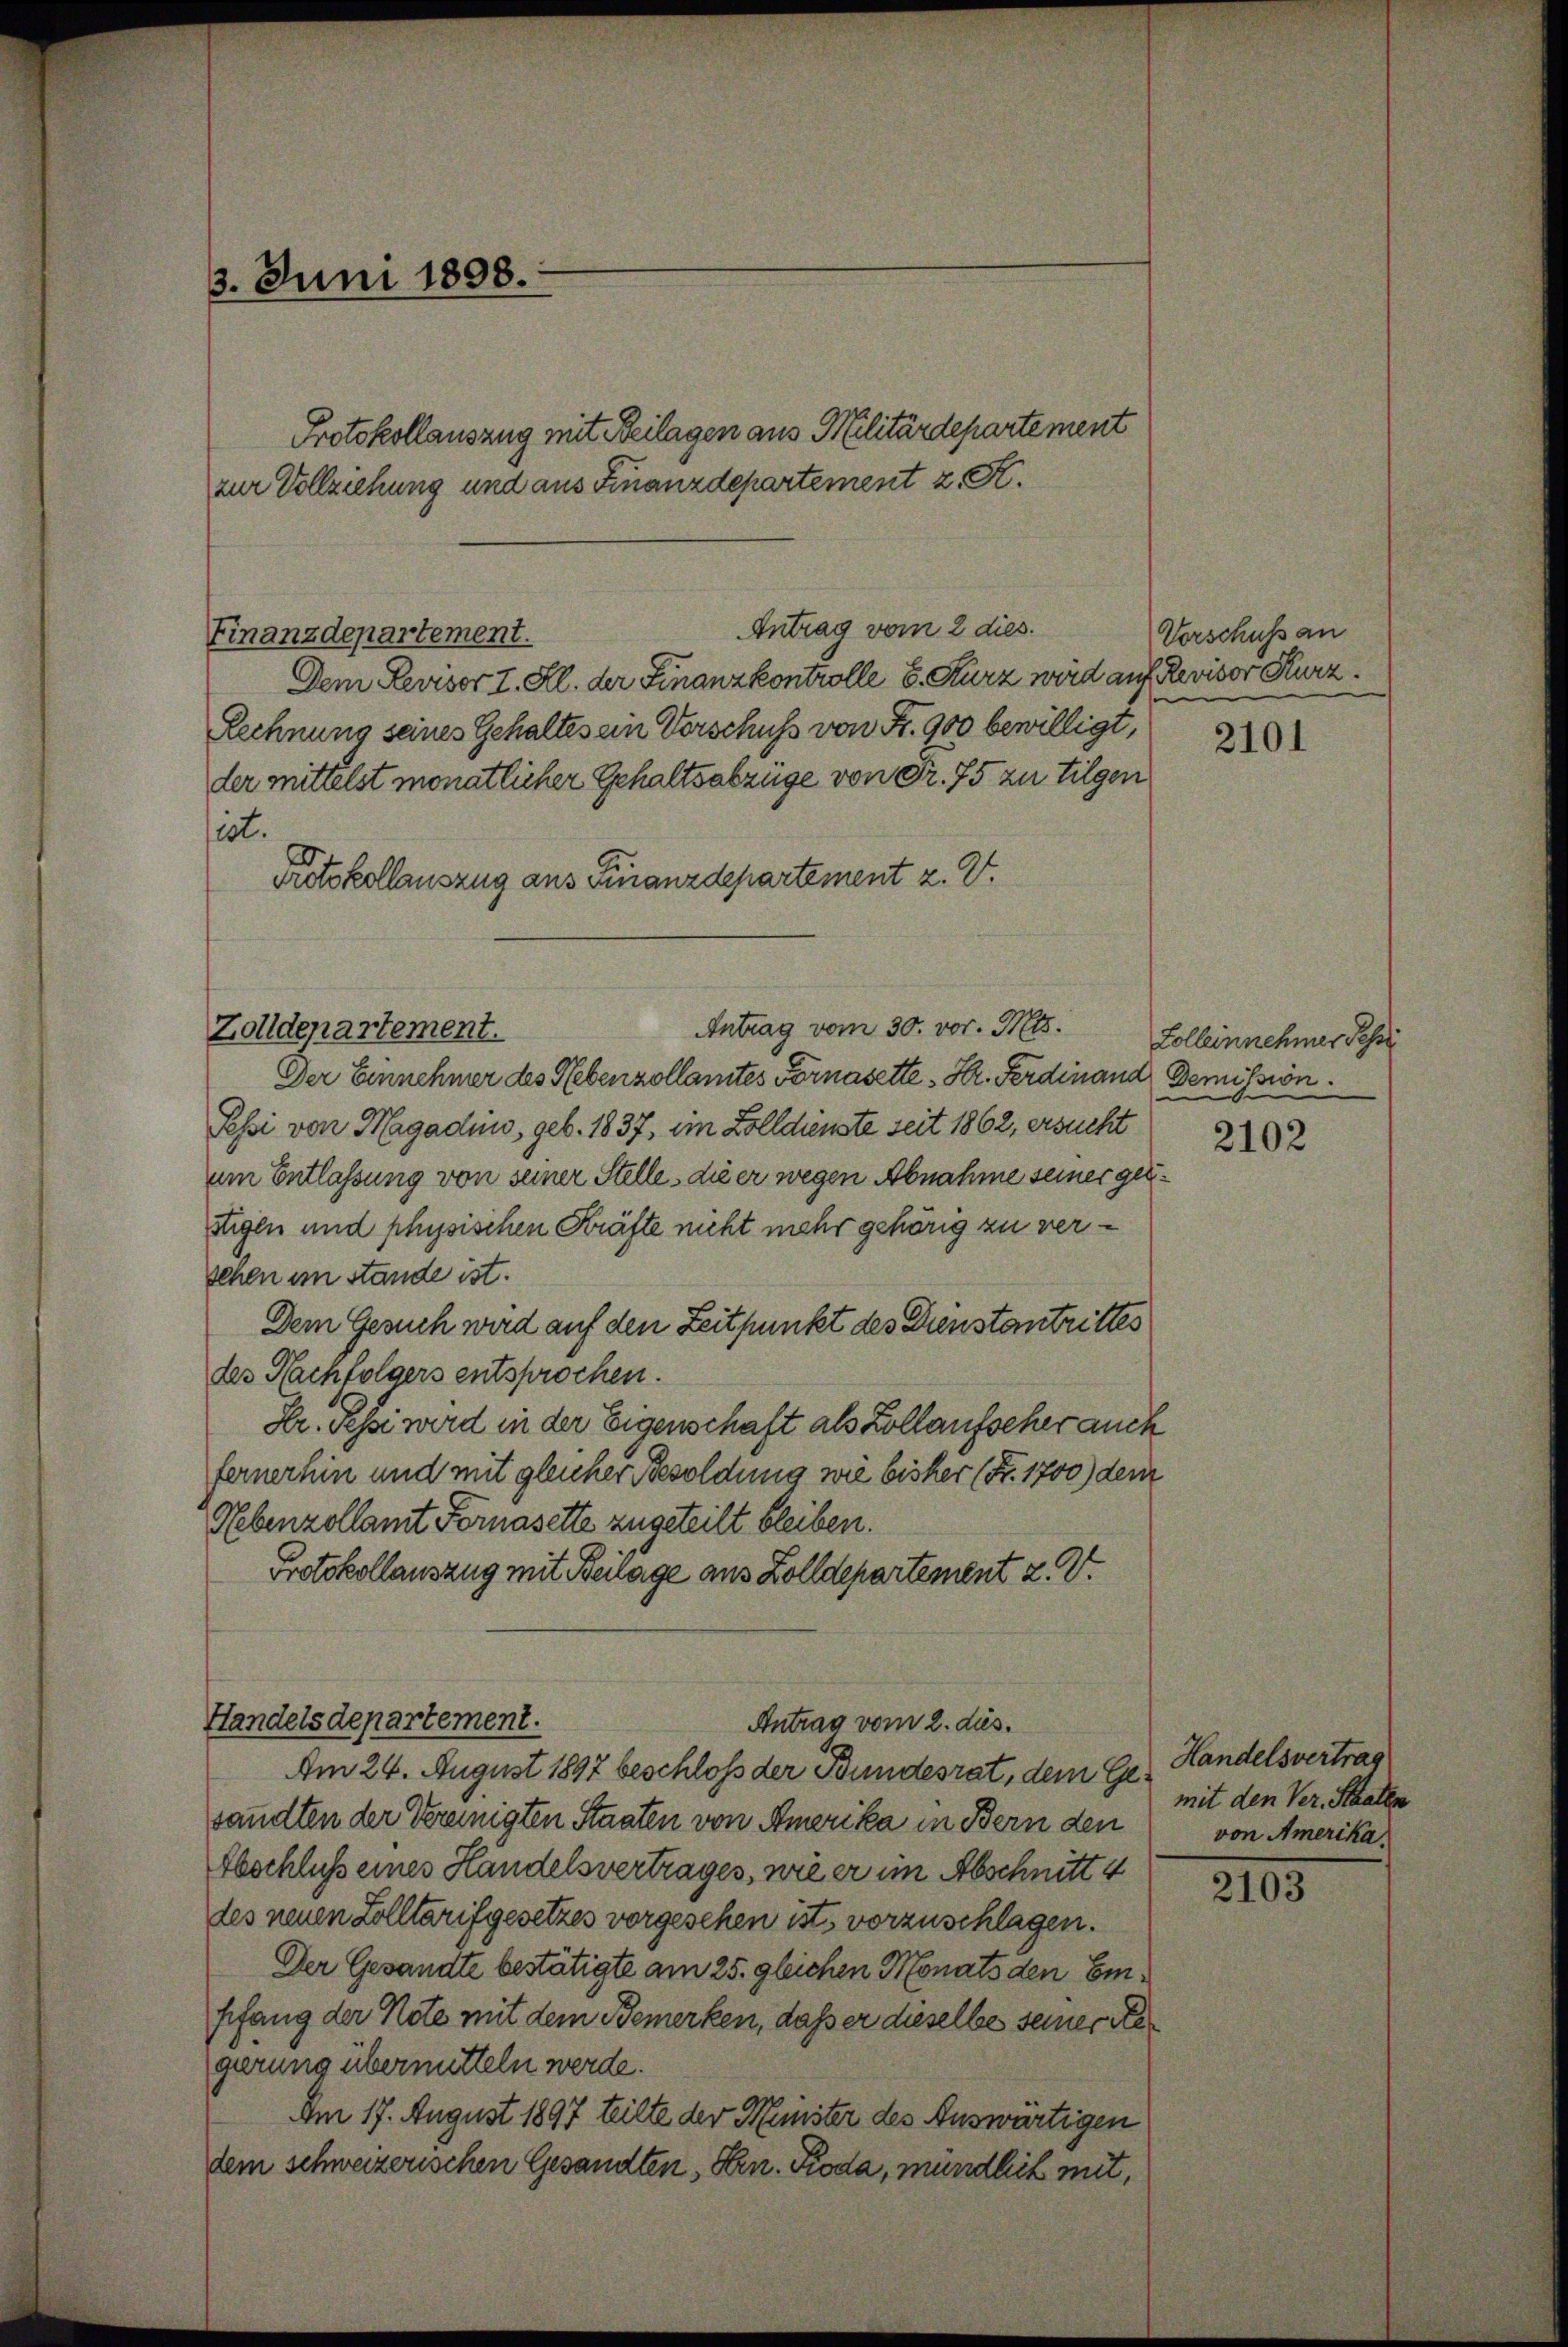
3. Juni 1898.

Finanzdepartement.

Protokollauszug mit Beilagen aus Militärdepartement
zur Vollziehung und aus Finanzdepartement z. K.
Antrag vom 2 dies
Dem Revisor I. Kl. der Finanzkontrolle E. Kurz wird auf Revisor Kurz.
Rechnung seines Gehaltes ein Verschuss von Fr. 900 bewilligt,
der mittelst monatlicher Gehaltsabzüge von Fr. 75 zu tilgen
sest.
Protokollauszug aus Finanzdepartement z. Z.
Antrag vom 30. vor. Mts.
Der Einnehmer des Nebenzollamtes Fornasette Hr. Ferdinand Demission.
Pessi von Magadins, geb. 1837, ein Zolldienste seit 1862, ersucht
am Entlassung von seiner Stelle, die er wegen Abnahme seiner geistigen und physischen Kräfte nicht mehr gehörig zu versehen im stände ist.
Dem Gesuch wird auf den Zeitpunkt des Dienstantrittes
des Nachfolgers entsprochen.
Hr. Pessi wird in der Eigenschaft als Kollaufscher auch
fernerhin und mit gleicher Besoldung wie bisher (S. 1700) dem
Rebenzollamt Fornasette zugeteilt bleiben.
Protokollauszug mit Beilage aus Zolldepartement z. V.

Zolldenartement.

Handelsdepartement.
Antrag vom 2. dies.
Am 24. August 1897 beschloss der Bundesrat, dem Ge- Handelsvertrag

sandten der Vereinigten Staaten von Amerika in Bern den
Abschluß eines Handelsvertrages, wie er im Abschnitt 4
des neuen Zolltarif gesetzes vorgesehen ist vorzuschlagen.
Der Gesandte bestätigte am 25. gleichen Monats den Empfang der Note mit dem Bemerken, daß er dieselbe seiner de
girung übermitteln werde.
Am 17. August 1897 teilte der Meister des Auswärtigen
dem schweizerischen Gesandten, Hrn. Kioda, mündlich mit,

Vorschuss an
n

2101

Colleinnehmer Tessi

2102

mit den Ver. Staaten
von Amerika

2103